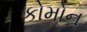
કોમોન